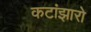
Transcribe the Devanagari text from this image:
कटांझारो